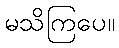
မသိကြပေ။